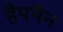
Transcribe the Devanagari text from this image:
हैपमैन